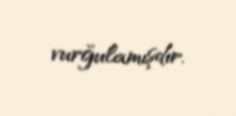
vurğulamışdır.